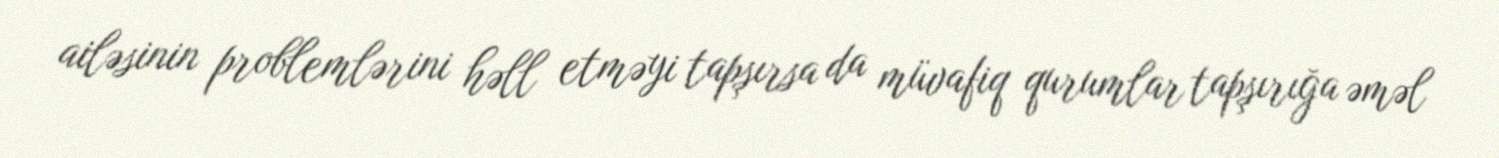
ailəsinin problemlərini həll etməyi tapşırsa da müvafiq qurumlar tapşırığa əməl